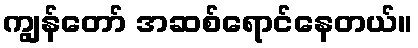
ကျွန်တော် အဆစ်ရောင်နေတယ်။